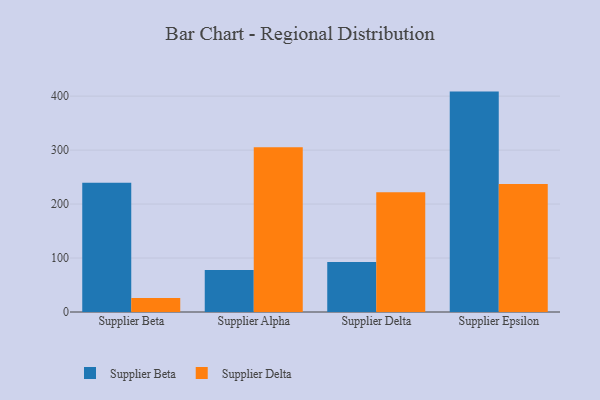
{"axis": {"x": "Supplier", "y": "Gross Profit (USD K)"}, "legend": ["Supplier Beta", "Supplier Delta"], "data": [{"x": "Supplier Beta", "y": 239.4, "type": "Supplier Beta"}, {"x": "Supplier Beta", "y": 26.1, "type": "Supplier Delta"}, {"x": "Supplier Alpha", "y": 78.0, "type": "Supplier Beta"}, {"x": "Supplier Alpha", "y": 305.5, "type": "Supplier Delta"}, {"x": "Supplier Delta", "y": 92.5, "type": "Supplier Beta"}, {"x": "Supplier Delta", "y": 221.8, "type": "Supplier Delta"}, {"x": "Supplier Epsilon", "y": 408.4, "type": "Supplier Beta"}, {"x": "Supplier Epsilon", "y": 237.2, "type": "Supplier Delta"}]}